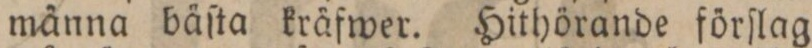
männa bäſta kräfwer. Hithörande förſlag